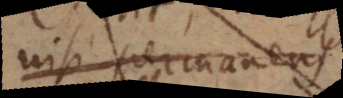
nisi permanens